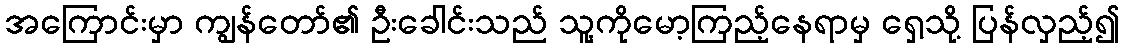
အကြောင်းမှာ ကျွန်တော်၏ ဦးခေါင်းသည် သူ့ကိုမော့ကြည့်နေရာမှ ရှေ့သို့ ပြန်လှည့်၍